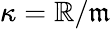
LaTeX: \kappa=\mathbb{R}/{\mathfrak{{m}}}